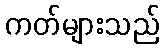
ကတ်များသည်